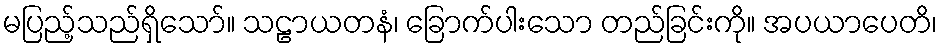
မပြည့်သည်ရှိသော်။ သဠာယတနံ၊ ခြောက်ပါးသော တည်ခြင်းကို။ အပယာပေတိ၊